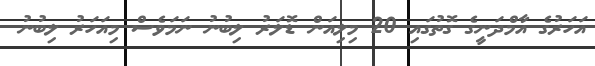
އަހަރުގެ އާމްދަނީގެ ގޮތުގައި 20 މިލިއަން ޑޮލަރު ލިބުނު ނަމަވެސް މިއަހަރު ލިބުނު